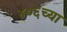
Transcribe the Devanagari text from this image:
४०६च्या